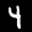
Label: 4